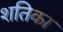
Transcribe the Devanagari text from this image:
शतिका